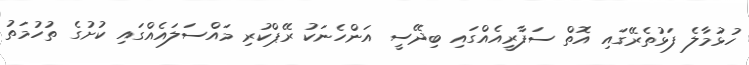
ހުޅުމާލެ ފަޅުތެރޭގައި އޮތް ސަފާރީއެއްގައި ބިދޭސީ އަންހެނަކު ރޭޕްކުރި މައްސަލައެއްގައި ކުށުގެ ތުހުމަތު